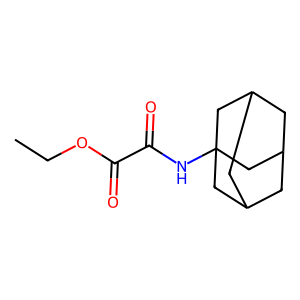
SMILES: CCOC(=O)C(=O)NC12CC3CC(CC(C3)C1)C2
Inhibits HIV replication: No